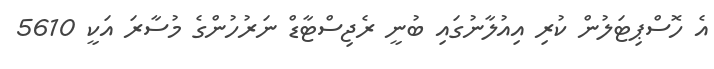
އެ ހޮސްޕިޓަލުން ކުރި އިއުލާނުގައި ބުނީ ރެޖިސްޓާޑް ނަރުހުންގެ މުސާރަ އަކީ 5610